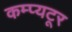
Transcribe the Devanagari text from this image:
कम्प्यटूर